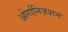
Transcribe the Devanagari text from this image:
ओर्गानिज़शन